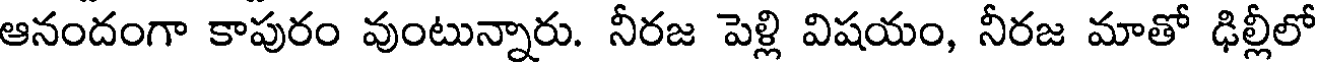
ఆనందంగా కాపురం వుంటున్నారు. నీరజ పెళ్లి విషయం, నీరజ మాతో ఢిల్లీలో